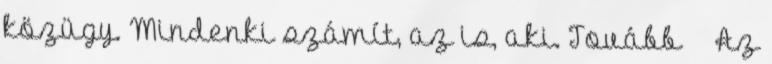
közügy. Mindenki számít, az is, aki. Tovább › ›Az